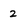
Character: 2